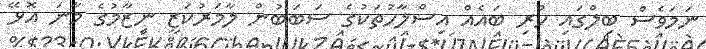
ނަމަވެސް ބިލްގައި ހުރި ބައެއް އިސްލާހުތަކުގެ ސަބަބުން ލާމަރުކަޒީ ނިޒާމުގެ މާނަ އޮޅޭ